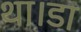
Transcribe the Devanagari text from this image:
था।डा